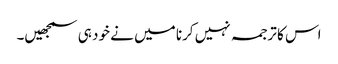
اس کا ترجمہ نہیں کرنا میں نے خود ہی سمجھیں۔